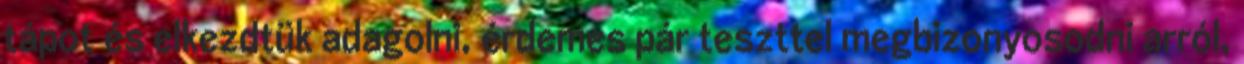
tápot és elkezdtük adagolni, érdemes pár teszttel megbizonyosodni arról,